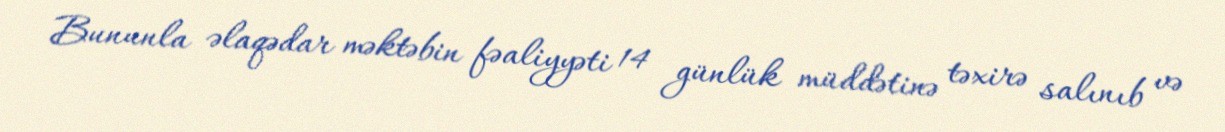
Bununla əlaqədar məktəbin fəaliyyəti 14 günlük müddətinə təxirə salınıb və